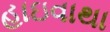
હાઇવાથા